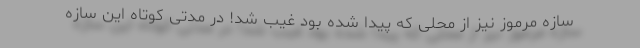
سازه مرموز نیز از محلی که پیدا شده بود غیب شد! در مدتی کوتاه این سازه